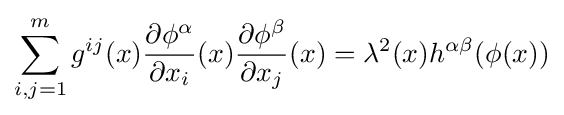
\sum _{i,j=1}^{m}g^{ij}(x){\frac {\partial \phi ^{\alpha }}{\partial x_{i}}}(x){\frac {\partial \phi ^{\beta }}{\partial x_{j}}}(x)=\lambda ^{2}(x)h^{\alpha \beta }(\phi (x))